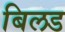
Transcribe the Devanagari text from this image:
बिलड